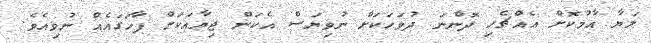
ލަޔާ އާމުކޮށް އެއްޗެހި ދޮންނަ ދުވަހަކަށް ނުވިޔަސް އެކަން ޖިޔާއަކަށް ފާހަގައެއް ނުވިއެވެ.